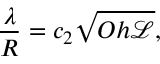
\frac { \lambda } { R } = { c _ { 2 } } \sqrt { O h { \mathscr { L } } } ,